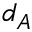
d _ { A }